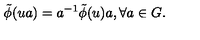
\tilde { \phi } ( u a ) = a ^ { - 1 } \tilde { \phi } ( u ) a , \forall a \in G .